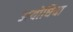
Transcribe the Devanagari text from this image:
अयोधिया